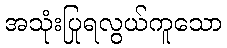
အသုံးပြုရလွယ်ကူသော